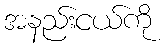
အနည်းငယ်ကို